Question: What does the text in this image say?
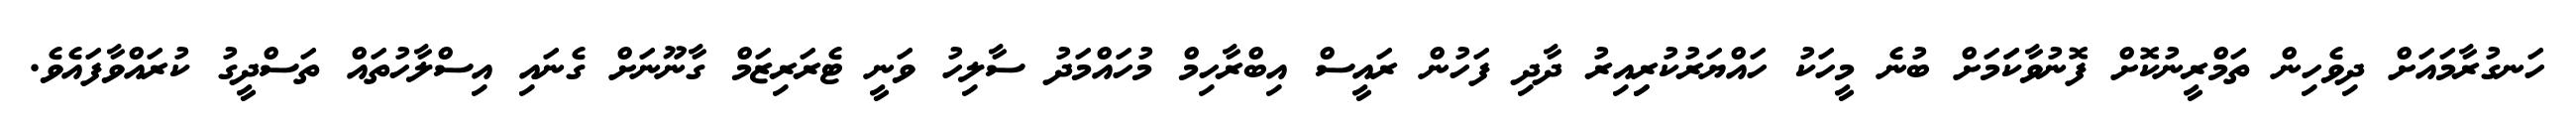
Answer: ހަނގުރާމައަށް ދިވެހިން ތަމްރީނުކޮށް ފޮނުވާކަަމަށް ބުނެ މީހަކު ހައްޔަރުކުރިިއިރު ދާދި ފަހުން ރައީސް އިބްރާހިމް މުހައްމަދު ސާލިހު ވަނީ ޓެރަރިޒަމް ގާނޫނަށް ގެނައި އިސްލާހުތައް ތަސްދީގު ކުރައްވާފައެވެ.